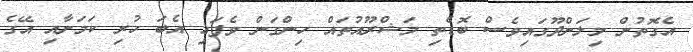
އެގޮތުން މިލަންދޫގައިވެސް ބޮޑެތި މަޝްރޫއުތައް ހިންގަން ވެފައި އެބަ ހުރި ކަމަށާއި އޭގެ